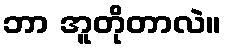
ဘာ အူတိုတာလဲ။